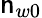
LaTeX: \mathsf{n}_{w0}